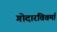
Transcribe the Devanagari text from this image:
गोदारविवर्मा